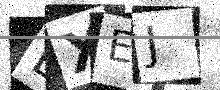
Text: LXEJ